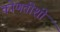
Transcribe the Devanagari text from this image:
कोणतीशी